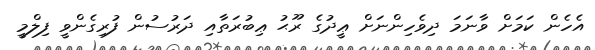
އެހެން ކަމަށް ވާނަމަ ދިވެހިންނަށް ޢީދުގެ ރޫޙު ޢިބުރަތާއި ދަރުސުން ފުރިގެންވީ ފިލްމީ